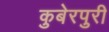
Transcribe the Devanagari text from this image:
कुबेरपुरी